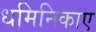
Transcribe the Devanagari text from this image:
धमिनिकाए